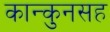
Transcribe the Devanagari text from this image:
कान्कुनसह